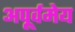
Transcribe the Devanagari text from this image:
अपूर्वमेय